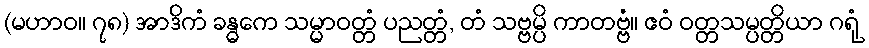
(မဟာဝ။ ၇၈) အာဒိကံ ခန္ဓကေ သမ္မာဝတ္တံ ပညတ္တံ, တံ သဗ္ဗမ္ပိ ကာတဗ္ဗံ။ ဧဝံ ဝတ္တသမ္ပတ္တိယာ ဂရုံ